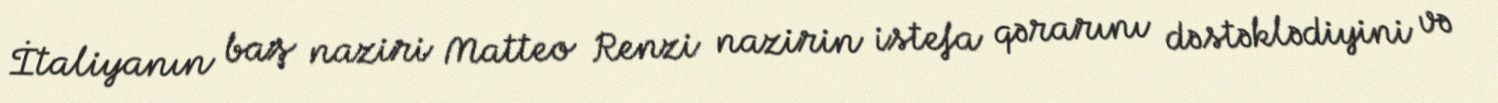
İtaliyanın baş naziri Matteo Renzi nazirin istefa qərarını dəstəklədiyini və